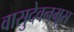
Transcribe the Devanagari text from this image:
वासुदेवनमूस